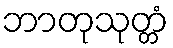
ဘာတုသုတ္တံ